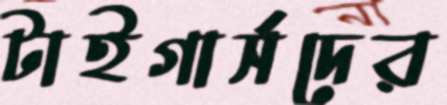
টাইগার্সদের